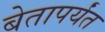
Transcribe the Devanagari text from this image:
बेतापर्यंत